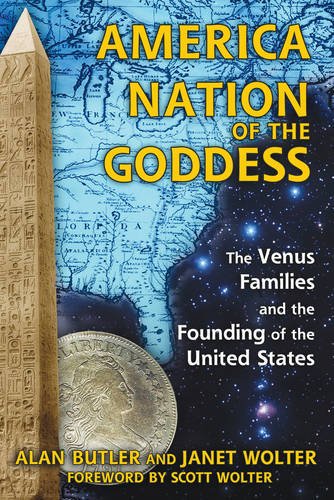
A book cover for America: Nation of the Goddess: The Venus Families and the Founding of the United States; Alan Butler; Religion & Spirituality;